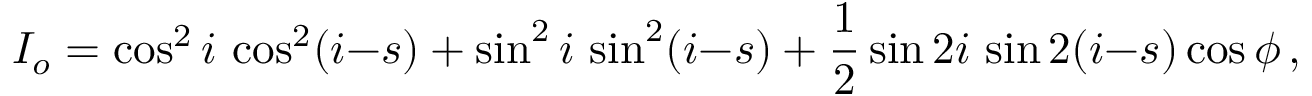
I _ { o } = \cos ^ { 2 } i \, \cos ^ { 2 } ( i { - } s ) + \sin ^ { 2 } i \, \sin ^ { 2 } ( i { - } s ) + { \frac { 1 } { 2 } } \sin 2 i \, \sin 2 ( i { - } s ) \cos \phi \, ,